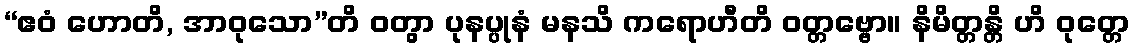
“ဧဝံ ဟောတိ, အာဝုသော”တိ ဝတွာ ပုနပ္ပုနံ မနသိ ကရောဟီတိ ဝတ္တဗ္ဗော။ နိမိတ္တန္တိ ဟိ ဝုတ္တေ